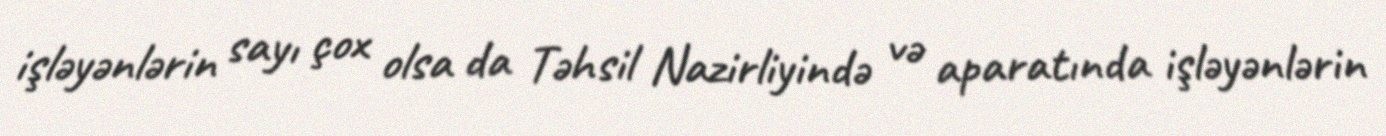
işləyənlərin sayı çox olsa da Təhsil Nazirliyində və aparatında işləyənlərin